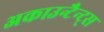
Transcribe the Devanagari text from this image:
अकाउन्टैन्ट्स